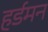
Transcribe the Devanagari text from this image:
हर्डमन